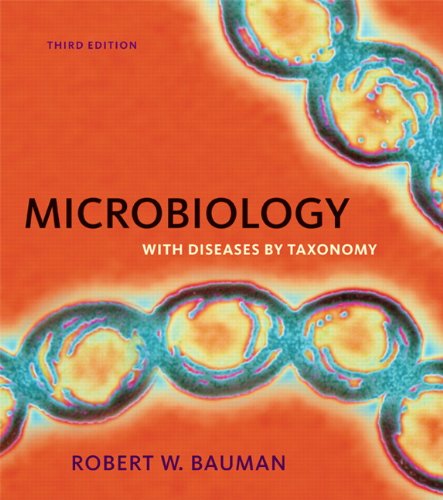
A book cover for Microbiology with Diseases by Taxonomy (3rd Edition) (Symbiosis: The Pearson Custom Library for the Biological Sci); Robert W. Bauman Ph.D.; Medical Books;